Lunatic asylums Punjab 1911-1921 - 1911-1921
Year: 1911
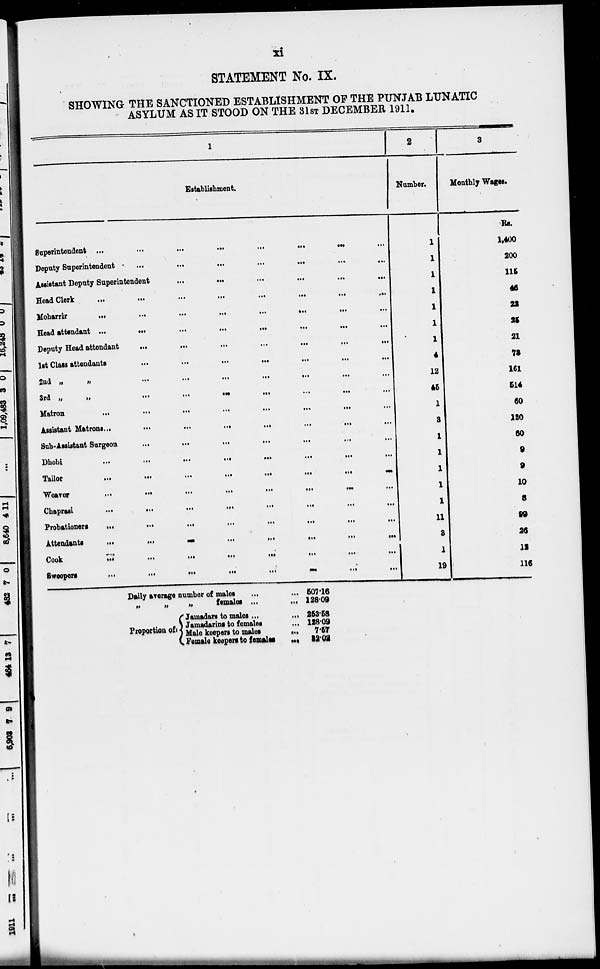
xi
STATEMENT No. IX.
SHOWING THE SANCTIONED ESTABLISHMENT OF THE PUNJAB LUNATIC
ASYLUM AS IT STOOD ON THE 31ST DECEMBER 1911.
1
Establishment.
Superintendent ...
...
...
...
...
...
Deputy Superintendent
...
...
...
...
...
...
...
Assistant Deputy Superintendent
...
...
...
...
...
...
Head Clerk
... ... ... ... ... ... ...
Moharrir
...
...
...
...
...
...
...
...
Head attendant
...
...
...
...
...
...
...
...
Deputy Head attendant
...
...
...
...
...
...
...
1st Class attendants
...
...
...
...
...
...
...
2nd
„
„
...
...
...
...
...
...
...
3rd
„
„
...
...
...
...
...
...
...
Matron
...
...
...
...
...
...
...
...
Assistant Matrons ...
...
...
...
...
...
...
...
Sub-Assistant Surgeon
...
...
...
...
...
...
...
Dhobi
...
...
...
...
...
...
...
...
Tailor
...
...
...
...
...
...
...
...
Weaver
...
...
...
...
...
...
...
...
Chaprasi
...
...
...
...
...
...
...
...
Probationers
...
...
...
...
...
...
...
...
Attendants
...
...
...
...
...
...
...
Cook
...
...
...
...
...
...
...
...
Sweepers
...
...
...
...
...
...
...
...
2
Number.
1
1
1
1
1
1
1
1
12
45
1
3
1
1
1
1
1
11
3
1
19
3
Monthly Wages.
Rs.
1,400
200
115
46
22
25
21
73
161
514
60
120
60
9
9
10
8
99
26
12
116
Daily average number of males ... ...
„
„
„
females ...
...
Proportion of
Jamadars to males ...
...
Jamadarins to females ...
Male keepers to males
...
Female keepers to females
...
507.16
128.09
253.58
128.09
7.57
32.02